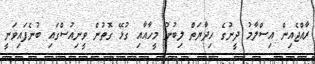
ރާއްޖެއިން އިސްލާމު ދީނުގެ ހިދާޔަތް ލިބުނު މީހާއާއި ގުޅޭ ގޮތުން ވީނިއުސްގައި ބުނެފައިވަނީ